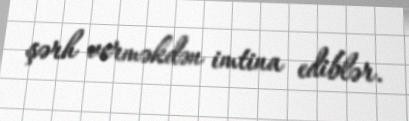
şərh verməkdən imtina ediblər.